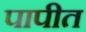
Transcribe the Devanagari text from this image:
पापीत